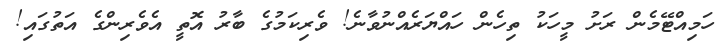
ހަމިއްޓޭމެން ރަށު މީހަކު ތިހެން ހައްޔަރެއްނުވާނެ! ވެރިކަމުގެ ބާރު އޮތީ އެވެރިންގެ އަތުގައި!